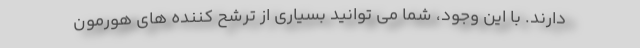
دارند. با این وجود، شما می توانید بسیاری از ترشح کننده های هورمون